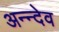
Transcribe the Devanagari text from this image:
अन्न्देव